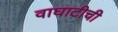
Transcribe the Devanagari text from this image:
वाघाटीची